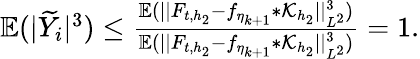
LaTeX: \begin{array}{r}{\mathbb{E}(|\widetilde{Y}_{i}|^{3})\le\frac{\mathbb{E}(\vert\vert F_{t,{h_{2}}}-f_{\eta_{k+1}}\ast\mathcal{K}_{h_{2}}\vert\vert_{L^{2}}^{3})}{\mathbb{E}(\vert\vert F_{t,{h_{2}}}-f_{\eta_{k+1}}\ast\mathcal{K}_{h_{2}}\vert\vert_{L^{2}}^{3})}=1.}\end{array}